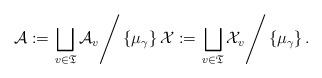
LaTeX: \begin{align*}\mathcal{A}:=\left.\bigsqcup_{v\in \mathfrak{T}}\mathcal{A}_v\right/\left\{\mu_\gamma\right\} \mathcal{X}:=\left.\bigsqcup_{v\in \mathfrak{T}}\mathcal{X}_v\right/\left\{\mu_\gamma\right\}.\end{align*}